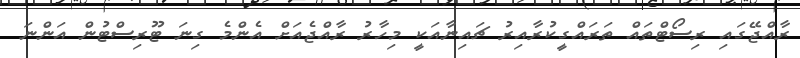
ރާއްޖޭގައި ރިސޯޓްތައް ތަރައްގީކުރާއިރު ޗައިނާއަކީ މިހާރު ރާއްޖެއަށް އެންމެ ގިނަ ޓޫރިސްޓުން އަންނަ